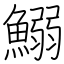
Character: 鰯